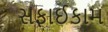
સફાઈકામ